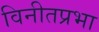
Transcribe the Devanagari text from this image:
विनीतप्रभा